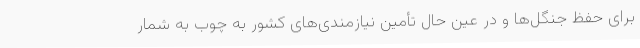
برای حفظ جنگل‌ها و در عین حال تأمین نیازمندی‌های کشور به چوب به شمار